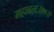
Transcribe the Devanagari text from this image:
महाबलः॥१०॥